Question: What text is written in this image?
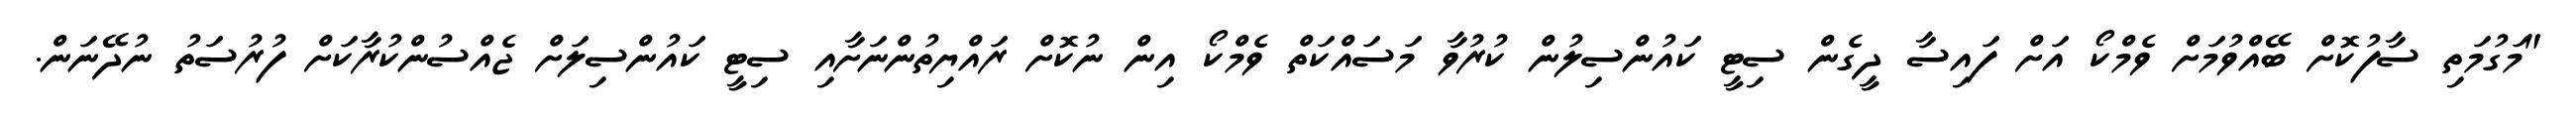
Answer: "މަގުމަތި ސާފުކޮށް ބޭއްވުމަށް ވެމްކޯ އަށް ފައިސާ ދީގެން ސިޓީ ކައުންސިލުން ކުރުވާ މަސައްކަތް ވެމްކޯ އިން ނުކޮށް ރައްޔިތުންނަށާއި ސިޓީ ކައުންސިލަށް ޖެއްސުންކުރާކަށް ފުރުސަތު ނުދޭނަން.